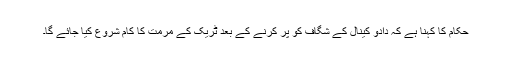
حکام کا کہنا ہے کہ دادو کینال کے شگاف کو پر کرنے کے بعد ٹریک کے مرمت کا کام شروع کیا جائے گا۔